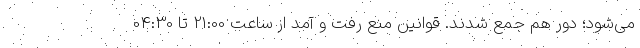
می‌شود؛ دور هم جمع شدند. قوانین منع رفت‌ و آمد از ساعت 21:00 تا 04:30